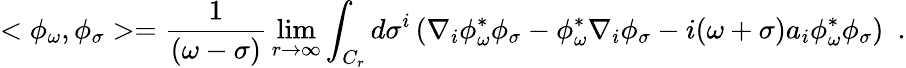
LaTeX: <\phi_{\omega},\phi_{\sigma}>={\frac{1}{(\omega-\sigma)}}\operatorname*{lim}_{r\rightarrow\infty}\int_{C_{r}}d\sigma^{i}\left(\nabla_{i}\phi_{\omega}^{*}\phi_{\sigma}-\phi_{\omega}^{*}\nabla_{i}\phi_{\sigma}-i(\omega+\sigma)a_{i}\phi_{\omega}^{*}\phi_{\sigma}\right)~~.